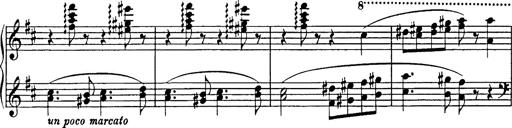
Title: Hungarian Rhapsody No.17
Composer: Franz Liszt
Key: D minor